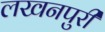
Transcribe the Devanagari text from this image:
लखनपुरी